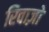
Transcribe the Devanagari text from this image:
रिवाज़ो